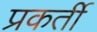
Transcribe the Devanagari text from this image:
प्रकर्ती